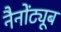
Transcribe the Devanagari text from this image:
नैनोंट्यूब